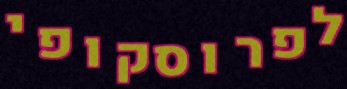
לפרוסקופי